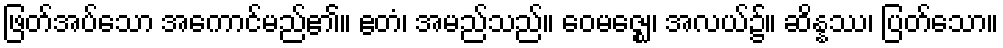
ဖြတ်အပ်သော အကောင်မည်၏။ ဧတံ၊ အမည်သည်။ ဝေမဇ္ဈေ၊ အလယ်၌။ ဆိန္နဿ၊ ပြတ်သော။